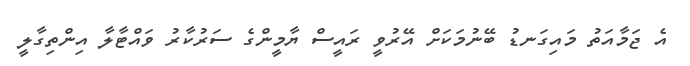
އެ ޖަމާއަތު މައިގަނޑު ބޭނުމަކަށް އޭރުވީ ރައީސް ޔާމީންގެ ސަރުކާރު ވައްޓާލާ އިންތިގާލީ